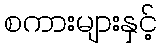
စကားများနှင့်